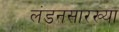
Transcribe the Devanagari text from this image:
लंडनसारख्या